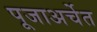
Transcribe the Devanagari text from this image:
पूजाअर्चेत